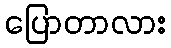
ပြောတာလား